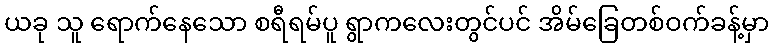
ယခု သူ ရောက်နေသော စရီရမ်ပူ ရွာကလေးတွင်ပင် အိမ်ခြေတစ်ဝက်ခန့်မှာ